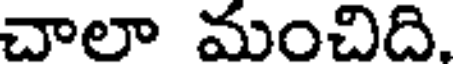
చాలా మంచిది.